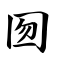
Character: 囫